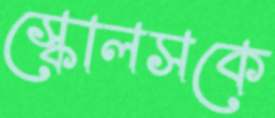
স্কোলসকে